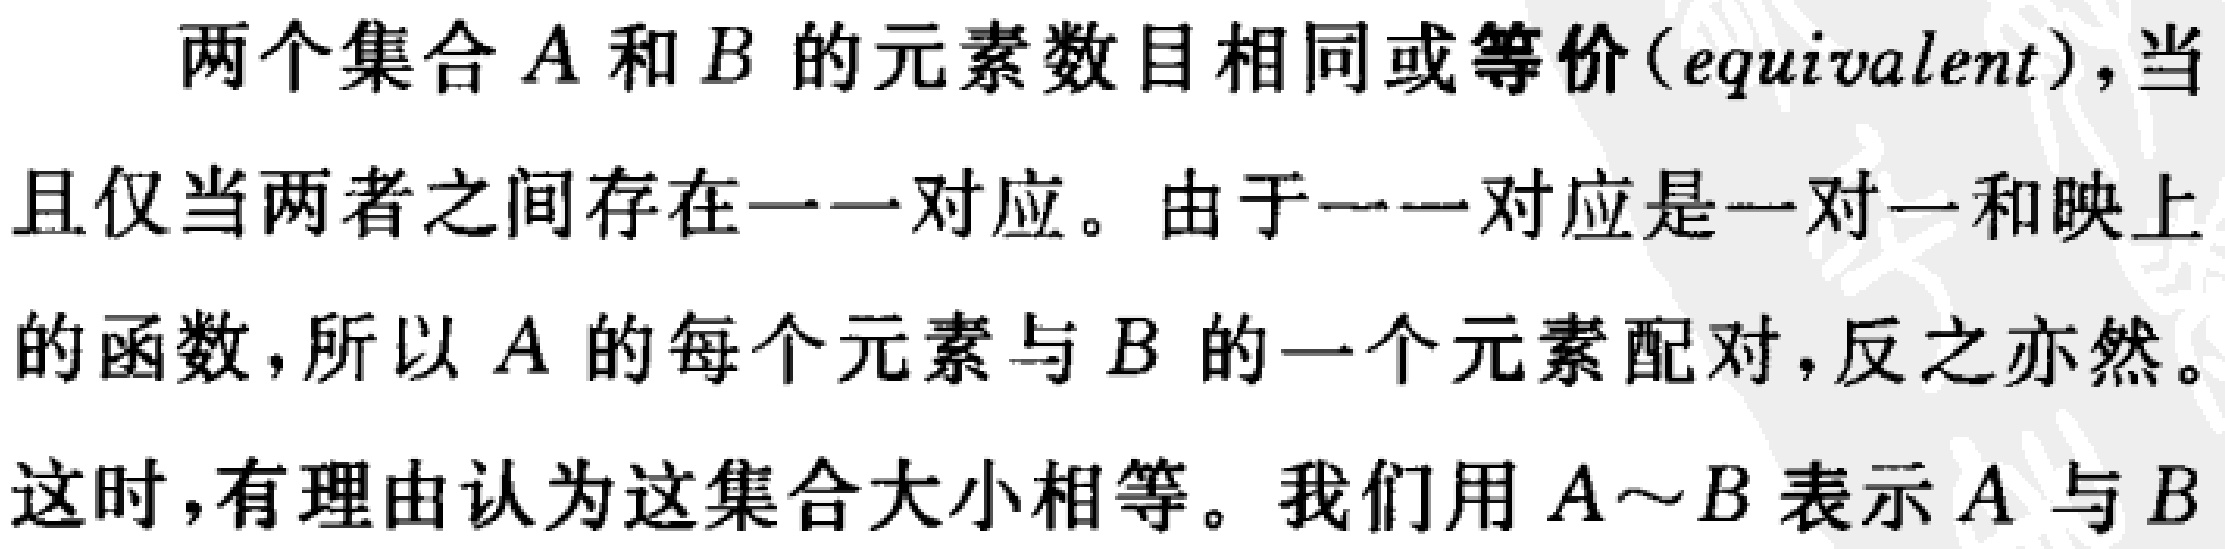
两个集合\(A\)和\(B\)的元素数目相同或等价(\(equivalent\))，当且仅当两者之间存在一一对应。由于一一对应是一对一和映上的函数，所以\(A\)的每个元素与\(B\)的一个元素配对，反之亦然。这时，有理由认为这集合大小相等。我们用\(A\sim B\)表示\(A\)与\(B\)